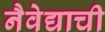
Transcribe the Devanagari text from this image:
नैवेद्याची